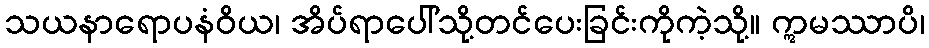
သယနာရောပနံဝိယ၊ အိပ်ရာပေါ်သို့တင်ပေးခြင်းကိုကဲ့သို့။ ဣမဿာပိ၊